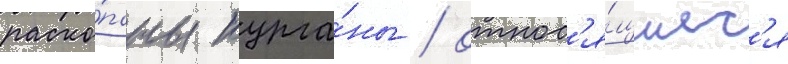
раско́паны курга́ны / относ'я́щиес'я